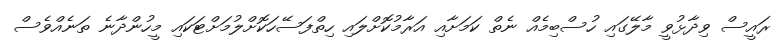
ރައީސް ވިދާޅުވީ މާލޭގައި ހުސްބިމެއް ނެތް ކަމަށާއި އަރާމުކޮށްލައި ހިތްފަސޭހަކޮށްލުމަށްޓަކައި މީހުންދާނެ ތަނެއްވެސް